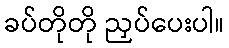
ခပ်တိုတို ညှပ်ပေးပါ။